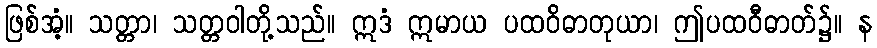
ဖြစ်အံ့။ သတ္တာ၊ သတ္တဝါတို့သည်။ ဣဒံ ဣမာယ ပထဝိဓာတုယာ၊ ဤပထဝီဓာတ်၌။ န